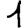
Digit: 1